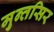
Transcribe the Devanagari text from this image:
मुन्तसिर